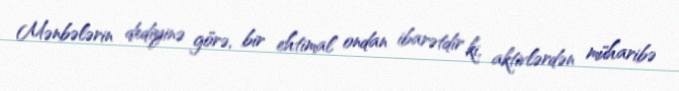
Mənbələrin dediyinə görə, bir ehtimal ondan ibarətdir ki, aktivlərdən müharibə